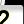
Digit: 2